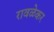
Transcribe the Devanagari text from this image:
रावळेकर